Annual administration report of the Civil Veterinary Department of India - 1898-1899
Year: 1898
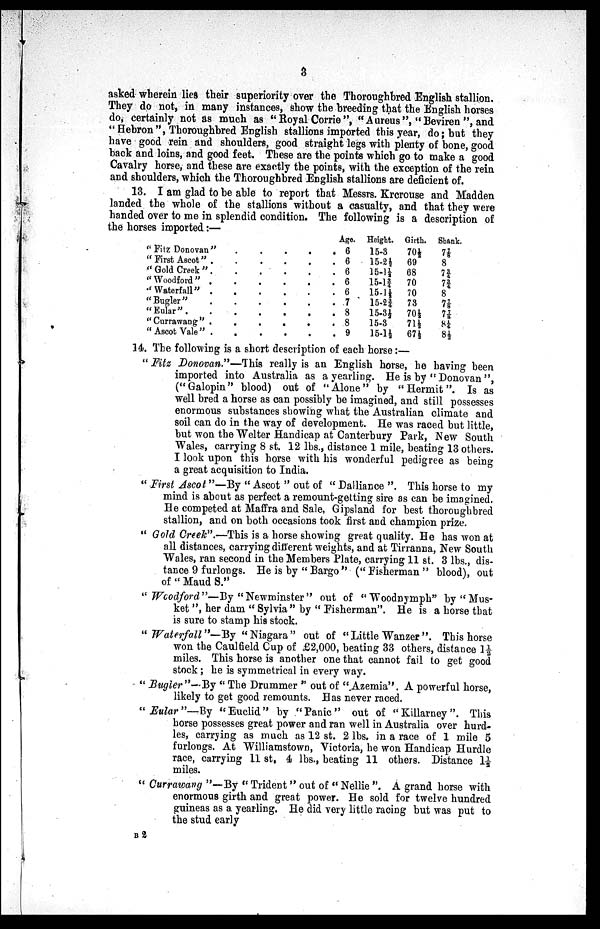
3
asked wherein lies their superiority over the Thoroughbred English stallion.
They do not, in many instances, show the breeding that the English horses
do, certainly not as much as "Royal Corrie", "Aureus", "Beviren", and
"Hebron", Thoroughbred English stallions imported this year, do; but they
have good rein and shoulders, good straight legs with plenty of bone, good
back and loins, and good feet. These are the points which go to make a good
Cavalry horse, and these are exactly the points, with the exception of the rein
and shoulders, which the Thoroughbred English stallions are deficient of.
13. I am glad to be able to report that Messrs. Krcrouse and Madden
landed the whole of the stallions without a casualty, and that they were
handed over to me in splendid condition. The following is a description of
the horses imported:—
"Fitz Donovan"
"First Ascot" .
"Gold Creek" .
"Woodford" .
"Waterfall"
.
"Bugler" .
"Eular". .
"Currawang" .
"Ascot Vale" .
.
.
.
.
.
.
.
.
.
.
.
.
.
.
.
.
.
.
.
.
.
.
.
.
.
.
.
.
.
.
.
.
.
.
.
.
.
.
.
.
.
.
.
.
Age.
6
6
6
6
6
7
8
8
9
Height.
15-3
15-2½
15-1½
15-13/4
15-1¼
15-23/4
15-3½
15-3
15-1½
Girth.
70½
69
68
70
70
73
70½
71½
67½
Shank.
7/8
8
73/4
7!
8
77/8
77/8
8¼
8½
14. The following is a short description of each horse:—
"Fitz Donovan."—This really is an English horse, he having been
imported into Australia as a yearling. He is by "Donovan",
("Galopin" blood) out of "Alone" by "Hermit". Is as
well bred a horse as can possibly be imagined, and still possesses
enormous substances showing what the Australian climate and
soil can do in the way of development. He was raced but little,
but won the Welter Handicap at Canterbury Park, New South
Wales, carrying 8 st. 12 lbs., distance 1 mile, beating 13 others.
I look upon this horse with his wonderful pedigree as being
a great acquisition to India.
"First Ascot"—By "Ascot" out of "Dalliance".
This horse to my
mind is about as perfect a remount-getting sire as can be imagined.
He competed at Maffra and Sale, Gipsland for best thoroughbred
stallion, and on both occasions took first and champion prize.
"Gold Creek".—This is a horse showing great quality. He has won at
all distances, carrying different weights, and at Tirranna, New South
Wales, ran second in the Members Plate, carrying 11 st. 3 lbs., dis-
tance 9 furlongs. He is by "Bargo" ("Fisherman" blood), out
of "Maud S."
"Woodford"—By "Newminster" out of "Woodnymph" by "Mus-
ket", her dam "Sylvia" by "Fisherman". He is a horse that
is sure to stamp his stock.
"Waterfall"— By "Niagara" out of "Little Wanzer". This horse
won the Caulfield Cup of £2,000, beating 33 others, distance 1½
miles. This horse is another one that cannot fail to get good
stock; he is symmetrical in every way.
"Bugler"—By "The Drummer" out of "Azemia". A powerful horse,
likely to get good remounts. Has never raced.
"Eular"—By "Euclid" by "Panic" out of "Killarney". This
horse possesses great power and ran well in Australia over hurd-
les, carrying as much as 12 st. 2 lbs. in a race of 1 mile 5
furlongs. At Williamstown, Victoria, he won Handicap Hurdle
race, carrying 11 st, 4 lbs., beating 11 others. Distance 1½
miles.
"Currawang"—By "Trident" out of "Nellie". A grand horse with
enormous girth and great power. He sold for twelve hundred
guineas as a yearling. He did very little racing but was put to
the stud early
B 2